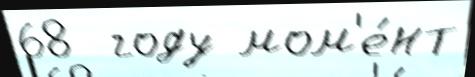
68  году мом'е́нт